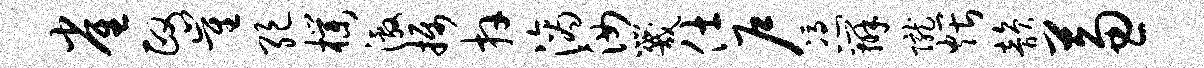
雀政崔绝朴激摄卉滴汝咒仕户凭辨陇煨韵兼